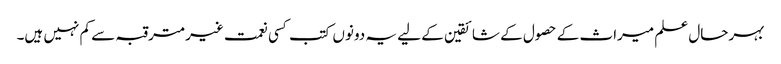
بہرحال علم میراث کے حصول کے شائقین کے لیے یہ دونوں کتب کسی نعمت غیرمترقبہ سے کم نہیں ہیں۔